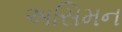
અસિમન